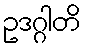
ဥဒဂ္ဂါတိ